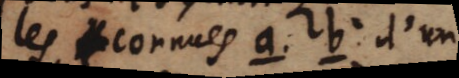
les _connues a. b d’un